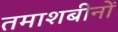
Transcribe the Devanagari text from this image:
तमाशबीनों